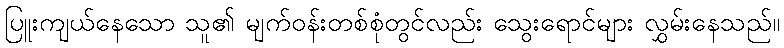
ပြူးကျယ်နေသော သူ၏ မျက်ဝန်းတစ်စုံတွင်လည်း သွေးရောင်များ လွှမ်းနေသည်။